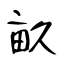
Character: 畝